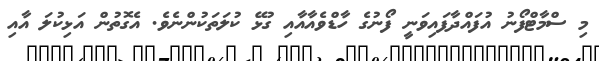
މި ސްމާޓްފޯނު އުފައްދާފައިވަނީ ފޯނުގެ ހާޑްވެއާއާއި ގުޅޭ ކުލަތަކުންނެވެ. އެގޮތުން އަޅިކުލަ އާއި